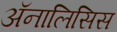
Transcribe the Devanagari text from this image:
अॅनालिसिस